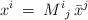
LaTeX: \begin{align*}x^i \>=\> {M^i{}_j} \,{\bar x}^j\end{align*}